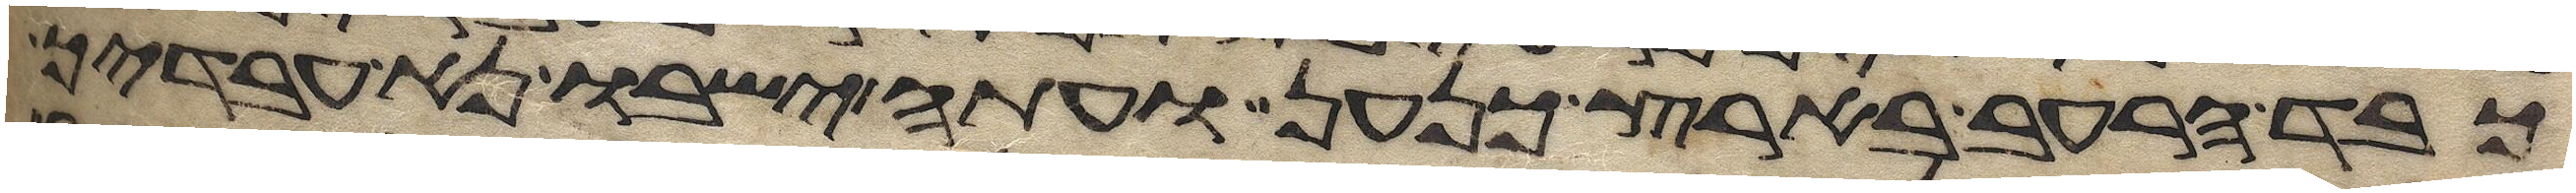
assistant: כבד הרעב בארץ כנען ועתה ישבו נא עבדיך